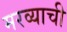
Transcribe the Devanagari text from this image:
मरव्याची